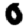
Digit: 0